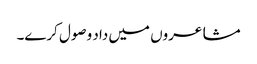
مشاعروں میں داد وصول کرے۔